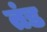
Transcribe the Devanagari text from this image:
तंड